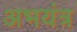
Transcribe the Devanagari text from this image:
अभयंत्र